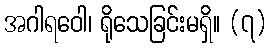
အဂါရဝေါ၊ ရိုသေခြင်းမရှိ။ (၇)